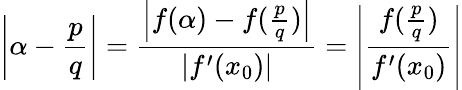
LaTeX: \left|\alpha-{\frac{p}{q}}\right|={\frac{\left|f(\alpha)-f({\frac{p}{q}})\right|}{|f^{\prime}(x_{0})|}}=\left|{\frac{f({\frac{p}{q}})}{f^{\prime}(x_{0})}}\right|